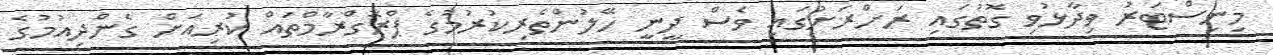
މިނިސްޓަރު ވިދާޅުވި ގޮތުގައި ރަށްރަށުގައި ވެސް ދީނީ ހޭލުންތެރިކުރުމުގެ ޕްރޮގްރާމްތައް ކުރިއަށް ގެންދިއުމުގެ